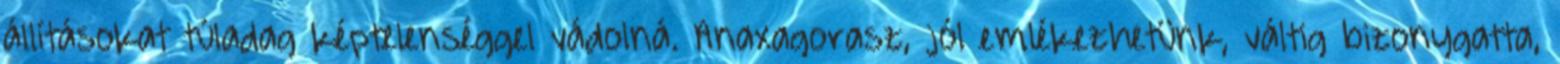
állításokat túladag képtelenséggel vádolná. Anaxagorasz, jól emlékezhetünk, váltig bizonygatta,